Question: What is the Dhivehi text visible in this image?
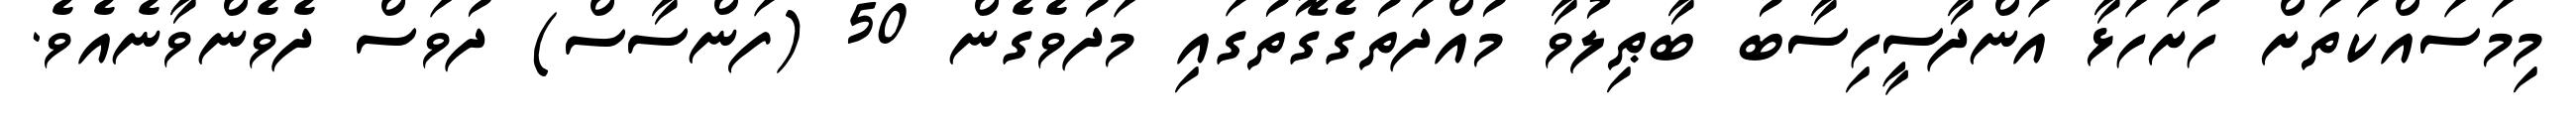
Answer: މިމަސައްކަތަށް ހުށަހަޅާ އަންދާސީހިސާބު ބާޠިލުވާ މުއްދަތުގެގޮތުގައި މަދުވެގެން 50 (ފަންސާސް) ދުވަސް ދެވެންވާނެއެވެ.